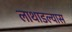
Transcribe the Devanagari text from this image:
लाथाडल्यास